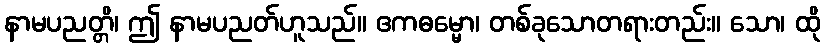
နာမပညတ္တိ၊ ဤ နာမပညတ်ဟူသည်။ ဧကဓမ္မော၊ တစ်ခုသောတရားတည်း။ သော၊ ထို